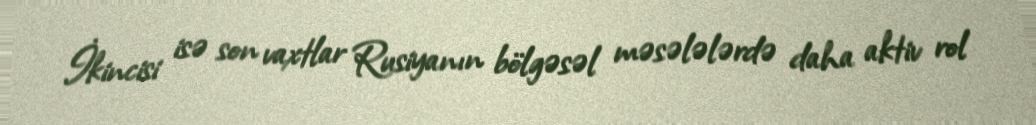
İkincisi isə son vaxtlar Rusiyanın bölgəsəl məsələlərdə daha aktiv rol